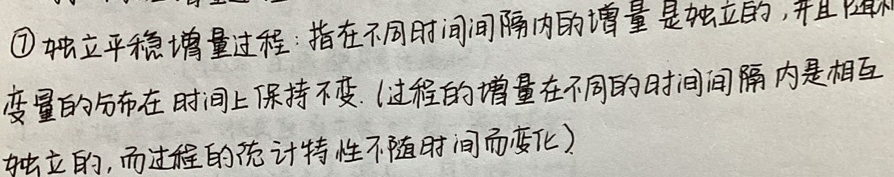
\textcircled{1} 独立平稳增量过程：指在不同时间间隔内的增量是独立的，并且随机变量的分布在时间上保持不变.（过程的增量在不同的时间间隔内是相互独立的，而过程的统计特性不随时间而变化）